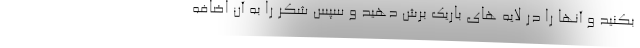
بکنید و آنها را در لایه های باریک برش دهید و سپس شکر را به آن اضافه